Vaccination North-Western Provinces 1866-1877 - 1866-1877
Year: 1866
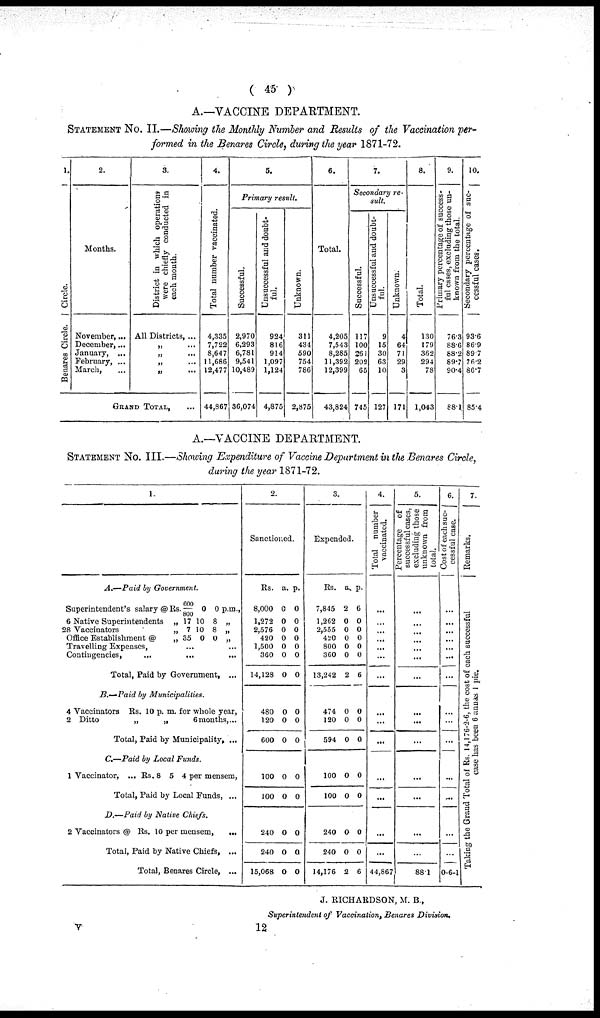
( 45 )
A.—VACCINE DEPARTMENT.
STATEMENT No. II.—Showing the Monthly Number and Results of the Vaccination per-
formed in the Benares Circle, during the year 1871-72.
1.
Circle.
Benares Circle.
2.
Months.
November, ...
December, ...
January, ...
February, ...
March,
3.
District in which operations
were chiefly conducted in
each month.
All Districts, ...
„
...
„
...
„
...
„
...
GRAND TOTAL, ...
4.
Total number vaccinated.
4,335
7,722
8,647
11,686
12,477
44,867
5.
Primary
result.
Successful.
2,970
6,293
6,781
9,541
10,489
36,074
Unsuccessful and doubt¬
ful.
924
816
914
1,097
1,124
4,875
Unknown.
311
434
590
754
786
2,875
6.
Total.
4,205
7,543
8,285
11,392
12,399
43,824
7.
Secondary re-
sult.
Successful.
117
100
261
202
65
745
Unsuccessful and doubt-
ful.
9
15
30
63
10
127
Unknown.
4
64
71
29
3
171
8.
Total.
130
179
362
294
78
1,043
9.
Primary percentage of success-
ful cases, excluding those un-
known from the total.
76.3
88.6
88.2
89.7
90.4
88.1
10.
Secondary percentage of suc-
cessful cases.
93.6
86.9
89.7
76.2
86.7
85.4
A.—VACCINE DEPARTMENT.
STATEMENT No. III.—Showing Expenditure of Vaccine Department in the Benares Circle,
during the year 1871-72.
1.
A.—Paid
by Government.
Superintendent's salary @ Rs.
6 Native Superintendents„
28 Vaccinators
„
Office Establishment
@„
600
800
17
7
35
0
10
10
0
0 p.m.,
8„
8„
0„
Travelling Expenses,
...
... ...
Contingencies,
...
...
Total, Paid by Government,...
B.—Paid by
Municipalities.
4 VaccinatorsRs. 10 p. m. for whole year,
2Ditto„
„6
months,...
Total, Paid by Municipality, ...
C.—Paid by Local
Funds.
1 Vaccinator,... Rs. 8 5 4 permensem,
Total, Paid by Local Funds,...
D.—Paid by Native
Chiefs.
2 Vaccinators @Rs. 10 per mensem, ...
Total, Paid by Native Chiefs,...
Total, Benares Circle,...
2.
Sanctioned.
Rs.
8,000
1,272
2,576
420
1,500
360
14,128
a.
0
0
0
0
0
0
0
p.
0
0
0
0
0
0
0
480
120
600
0
0
0
0
0
0
100
100
0
0
0
0
240
240
15,068
0
0
0
0
0
0
3.
Expended.
Rs.
7,845
1,262
2,555
420
800
360
13,242
a.
2
0
0
0
0
0
2
p.
6
0
0
0
0
0
6
474
120
594
0
0
0
0
0
0
100
100
0
0
0
0
240
240
14,176
0
0
2
0
0
6
4.
Total number
vaccinated.
...
...
...
...
...
...
...
...
...
...
...
...
...
...
44,867
5.
Percentage of
successful cases,
excluding those
unknown from
total.
...
...
...
...
...
...
...
...
...
...
...
...
...
...
88.1
6
Cost of each suc¬
cessful case.
...
...
...
...
...
...
...
...
...
...
...
...
...
...
0 6 1
7.
Remarks.
Taking the Grand Total of Rs. 14,176-2-6, the cost of each successful
case has been 6 annas 1 pie.
J. RICHARDSON, M. B.,
Superintendent of Vaccination, Benares Division.
V
12